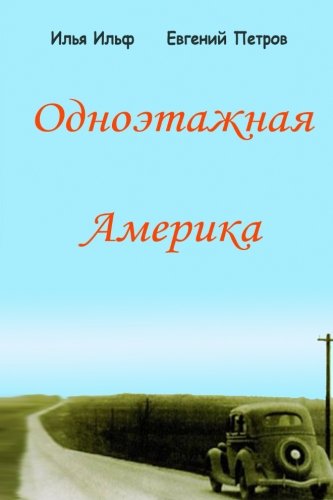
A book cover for Odnoetazhnaya Amerika (Russian Edition); Ilya Ilf; Teen & Young Adult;